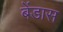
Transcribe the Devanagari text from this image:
बेंडास